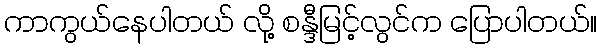
ကာကွယ်နေပါတယ် လို့ စန္ဒီမြင့်လွင်က ပြောပါတယ်။